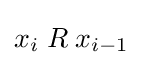
x_{i}\mathrel {R} x_{i-1}